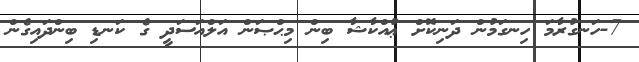
7-ހަނގުރާމަ ހިނގަމުން ދަނިކޮށް ޢުއްކާޝާ ބިން މިޙްޞަން އަލްއަސަދީ ގެ ކަނޑި ބިންދައިގެން